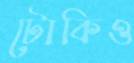
টোকিও